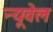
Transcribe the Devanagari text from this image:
न्यूवेल